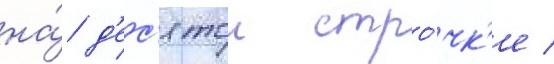
на́ д'ес'ятои стро́чк'е /